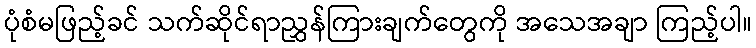
ပုံစံမဖြည့်ခင် သက်ဆိုင်ရာညွှန်ကြားချက်တွေကို အသေအချာ ကြည့်ပါ။